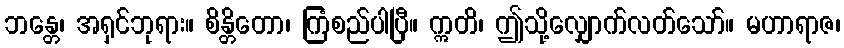
ဘန္တေ၊ အရှင်ဘုရား။ စိန္တိတော၊ ကြံစည်ပါပြီ။ ဣတိ၊ ဤသို့လျှောက်လတ်သော်။ မဟာရာဇ၊